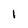
Character: 1